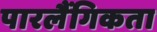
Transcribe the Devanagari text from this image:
पारलैंगिकता